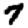
Digit: 7